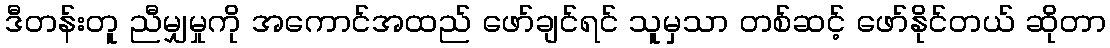
ဒီတန်းတူ ညီမျှမှုကို အကောင်အထည် ဖော်ချင်ရင် သူမှသာ တစ်ဆင့် ဖော်နိုင်တယ် ဆိုတာ